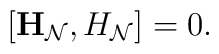
\left[{\bf H}_{ \cal N}, H_{\cal N} \right] = 0.